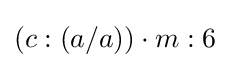
(c:(a/a))\cdot m:6